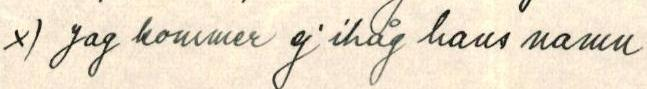
x) Jag kommer ej ihåg hans namn